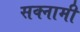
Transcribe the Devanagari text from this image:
सक्नामी